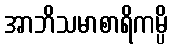
အာဘိသမာစာရိကမ္ပိ